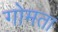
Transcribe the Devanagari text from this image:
गोमता